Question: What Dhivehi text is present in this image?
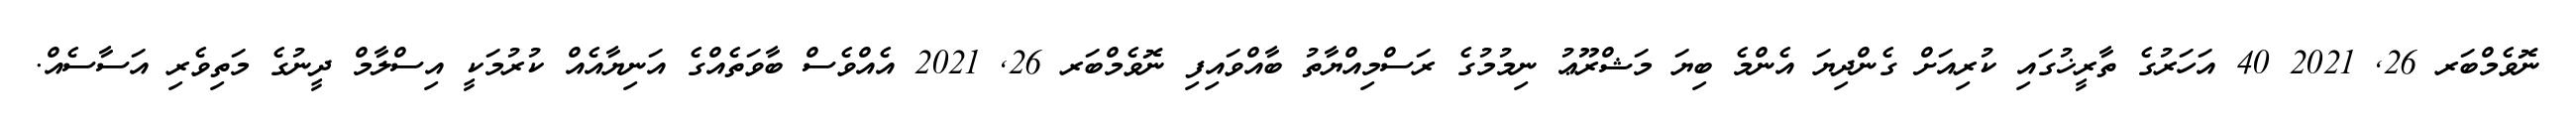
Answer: ނޮވެމްބަރ 26, 2021 40 އަހަރުގެ ތާރީޚުގައި ކުރިއަށް ގެންދިޔަ އެންމެ ބިޔަ މަޝްރޫޢު ނިމުމުގެ ރަސްމިއްޔާތު ބާއްވައިފި ނޮވެމްބަރ 26, 2021 އެއްވެސް ބާވަތެއްގެ އަނިޔާއެއް ކުރުމަކީ އިސްލާމް ދީނުގެ މަތިވެރި އަސާސެއް.